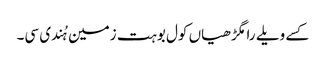
کسے ویلے رامگڑھیاں کول بوہت زمین ہُندی سی۔